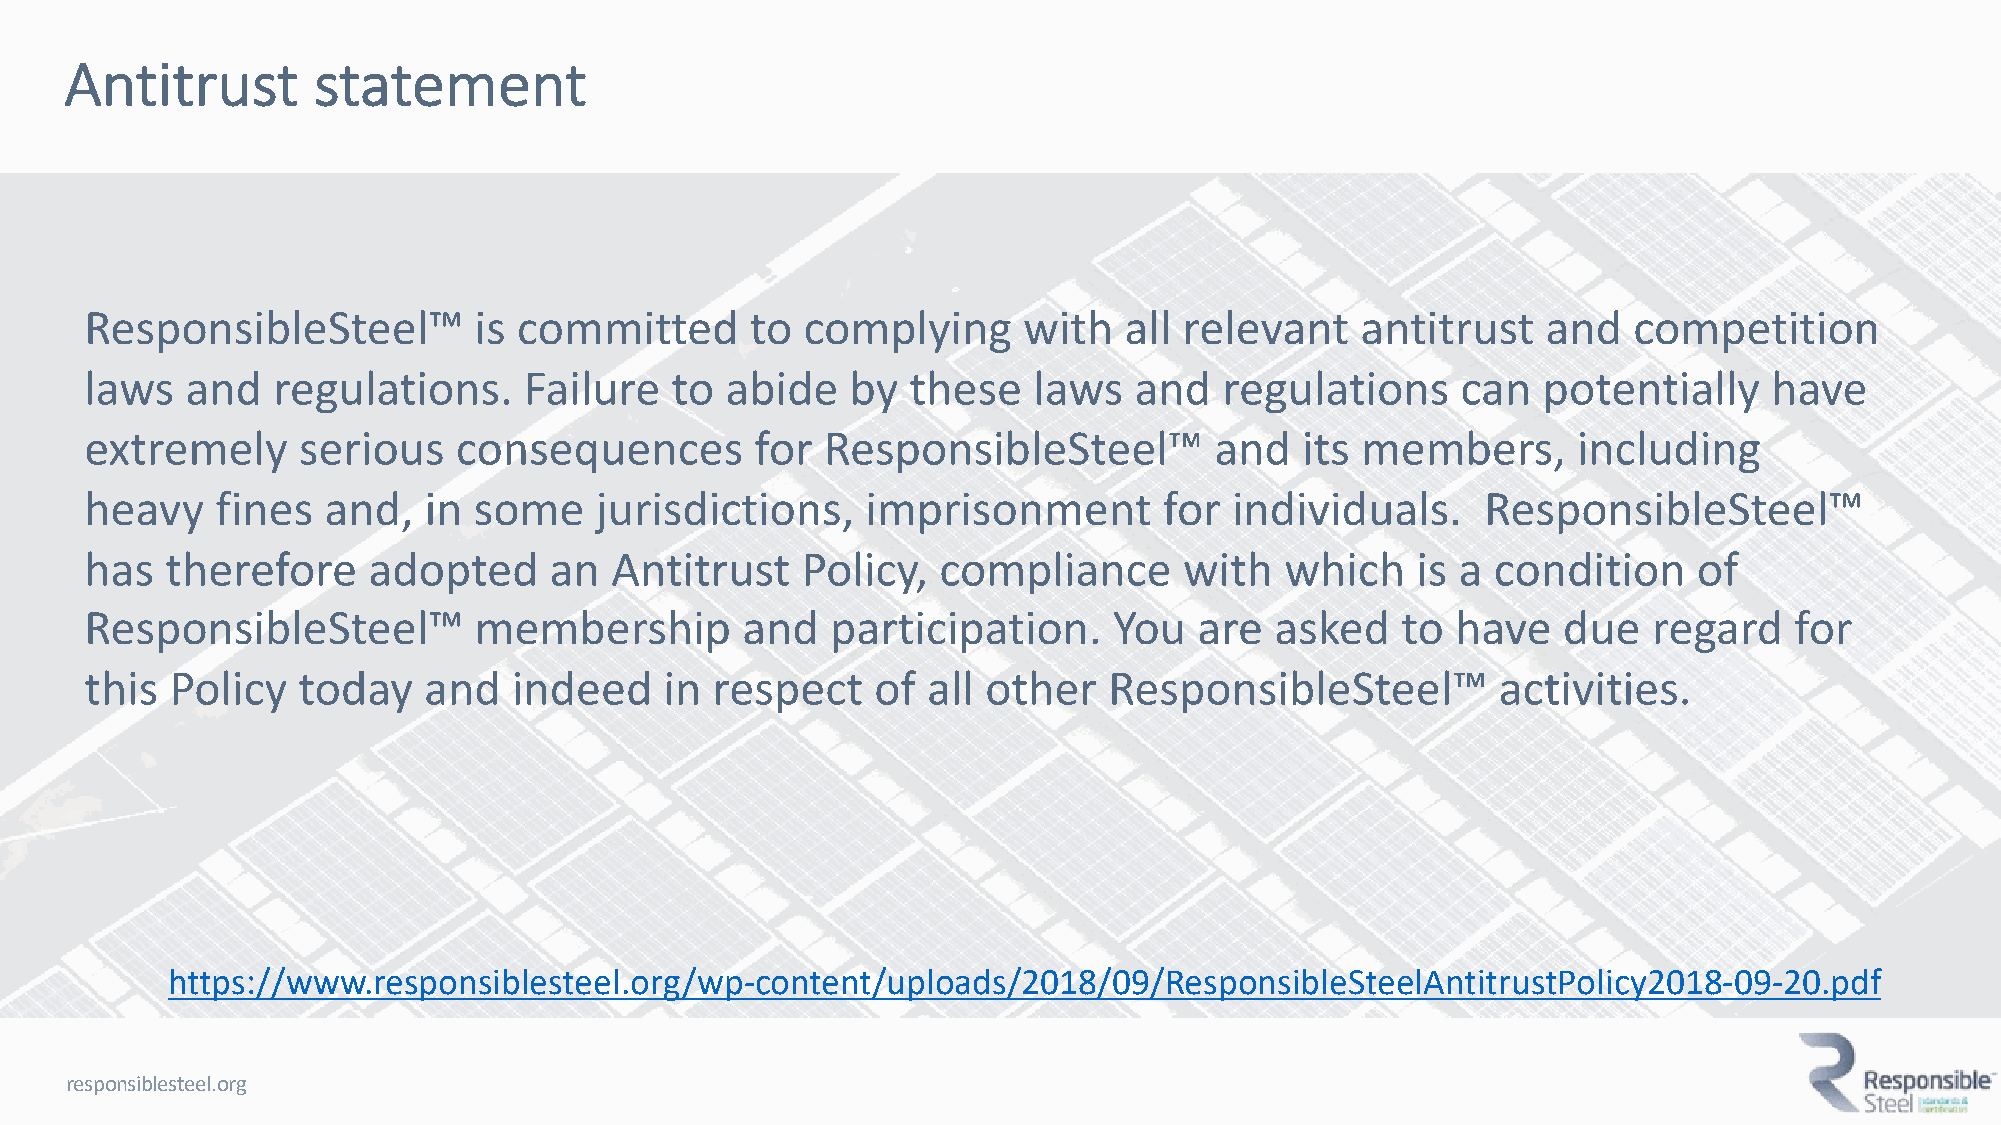
Antitrust        statement
 ResponsibleSteel™        is committed       to complying      with  all relevant    antitrust   and   competition
 laws  and   regulations.     Failure  to  abide   by  these   laws   and   regulations     can  potentially    have
 extremely     serious   consequences        for  ResponsibleSteel™        and   its members,      including
 heavy   fines  and,   in some    jurisdictions,    imprisonment        for  individuals.    ResponsibleSteel™
 has  therefore    adopted     an  Antitrust    Policy,  compliance      with   which    is a condition    of
 ResponsibleSteel™        membership        and   participation.     You  are  asked    to have   due   regard    for
 this Policy   today   and   indeed    in respect    of all other   ResponsibleSteel™         activities.
 https://www.responsiblesteel.org/wp-content/uploads/2018/09/ResponsibleSteelAntitrustPolicy2018-09-20.pdf
 responsiblesteel.org